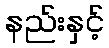
နည်းနှင့်